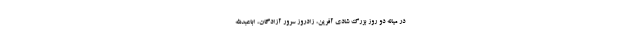
در میانه دو روز بزرگ شادی آفرین، زادروز سرور آزادگان، اباعبدالله